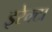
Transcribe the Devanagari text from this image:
इरेक्टा